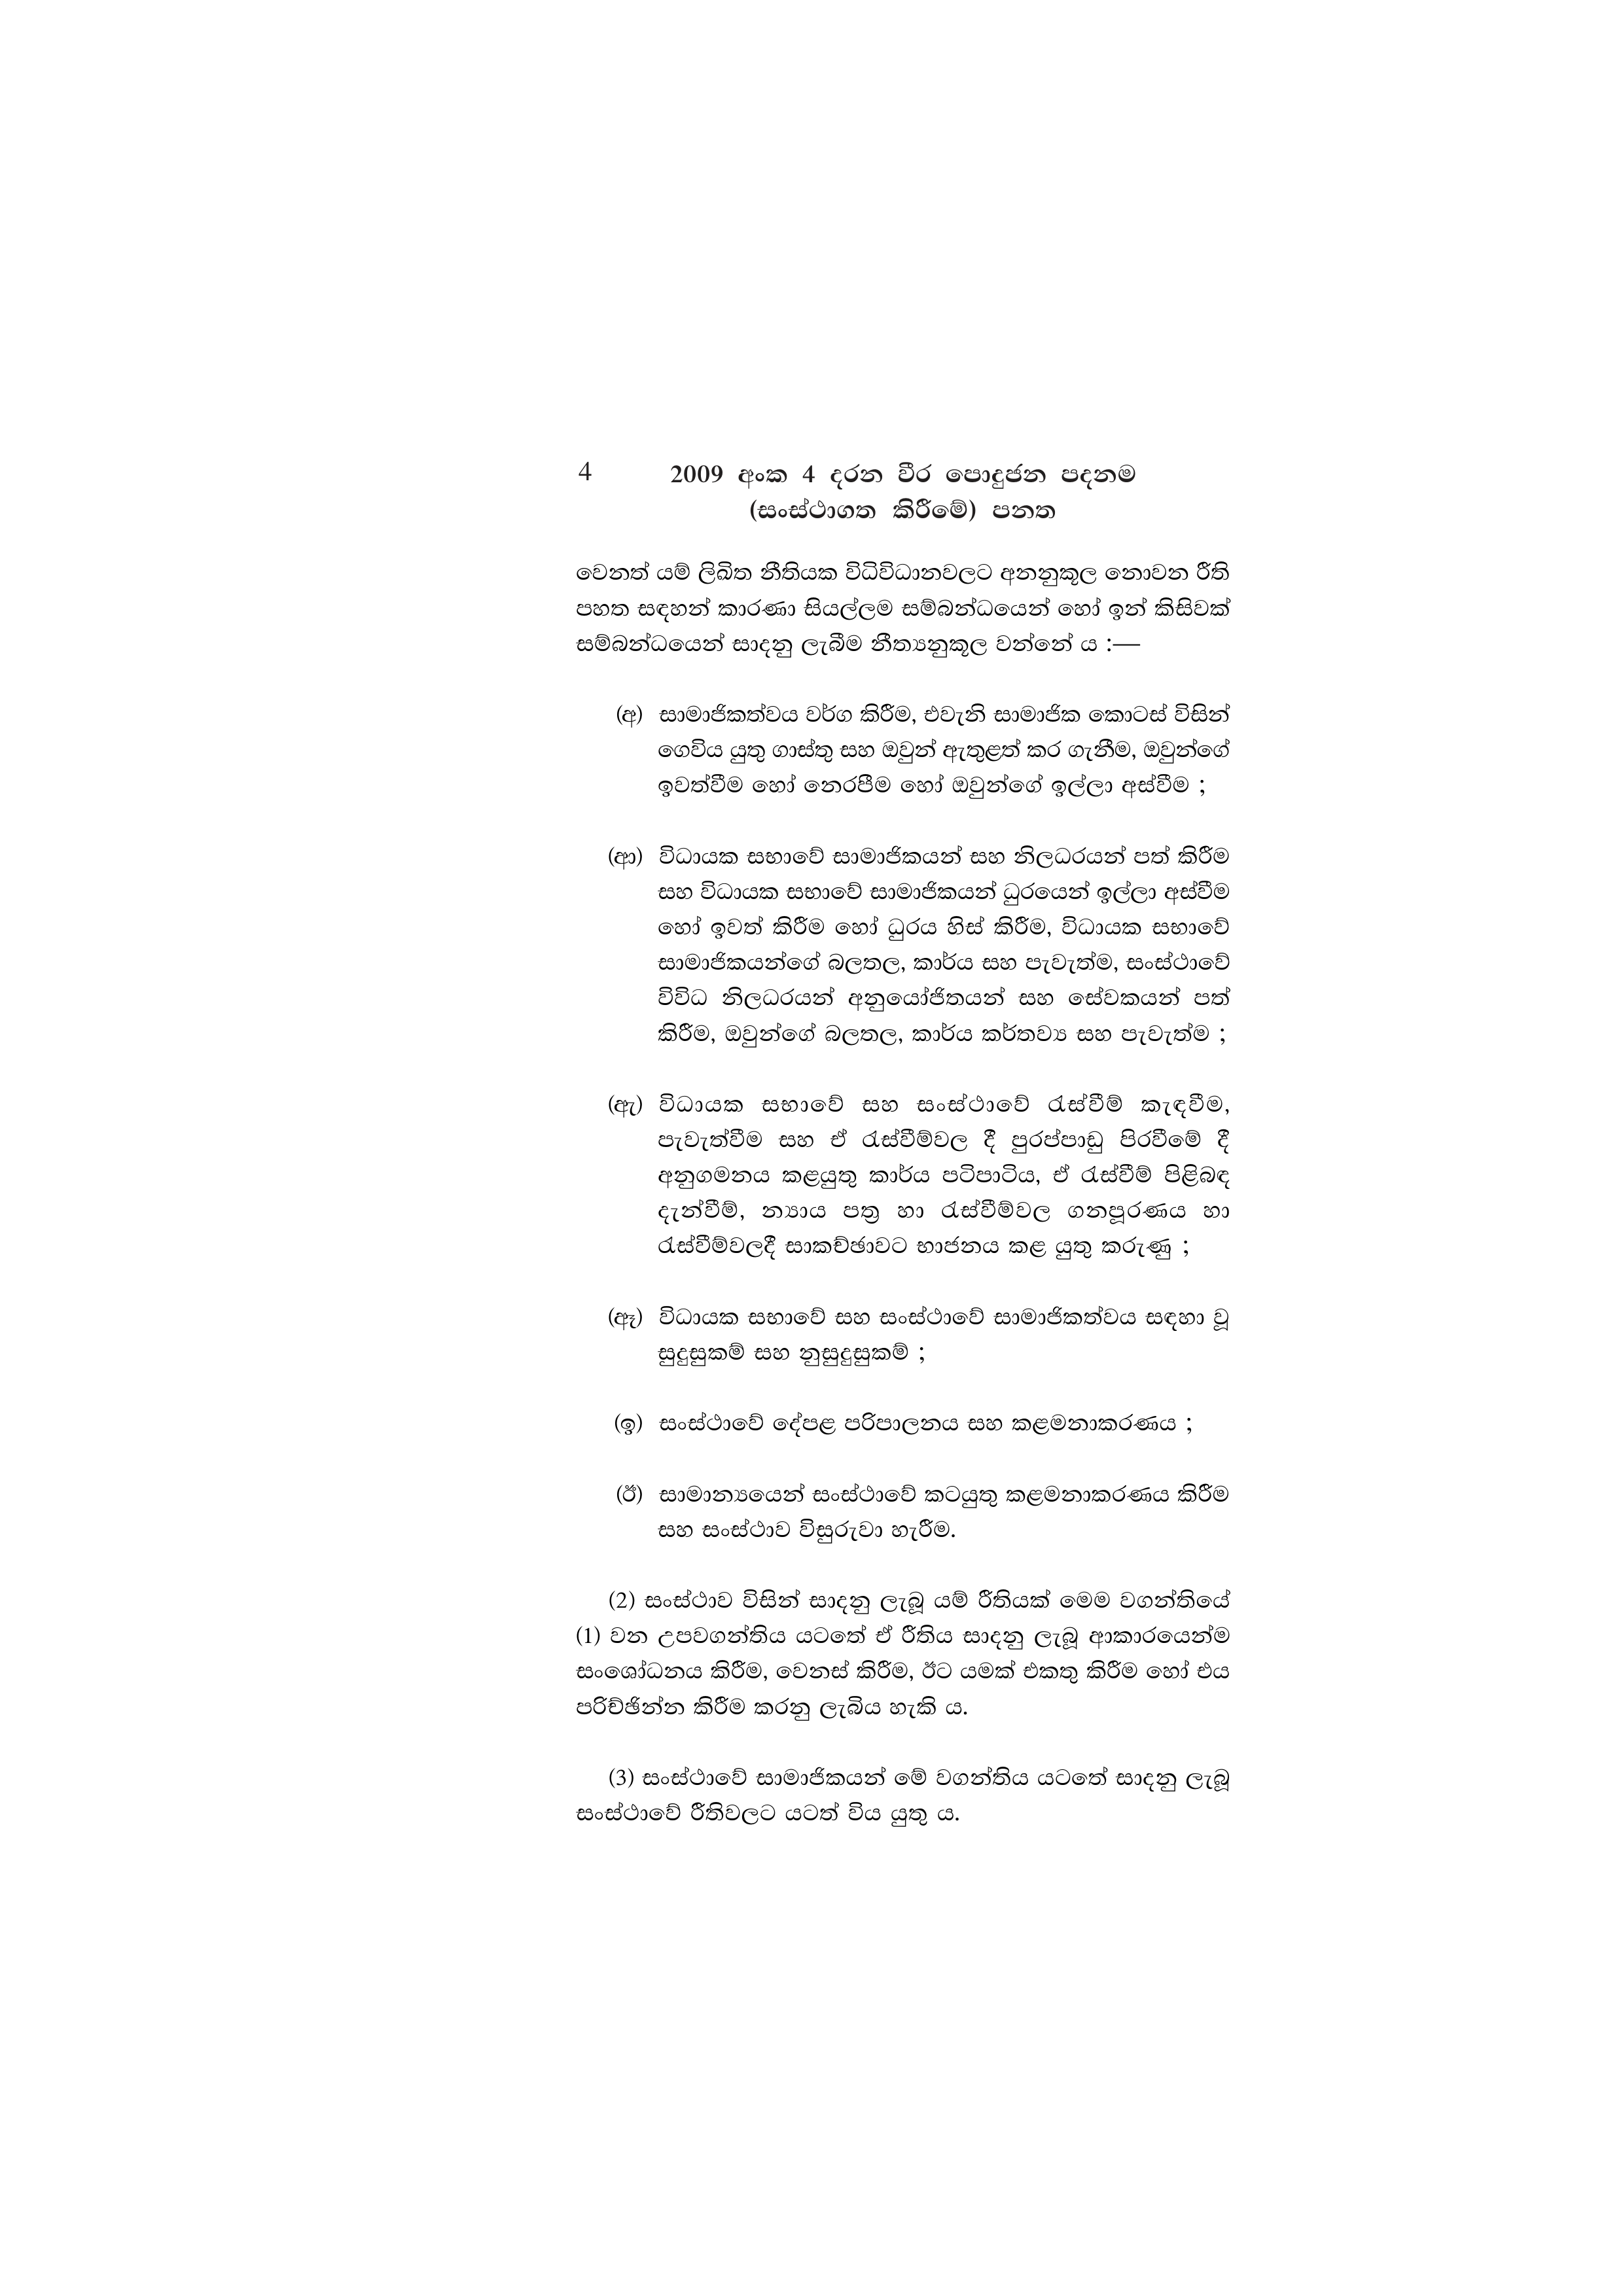
4 2009 අංක 4 දරන වීර පොදුජන පදනම
(සංස්ථාගත කිරීමේ) පනත

වෙනත් යම් ලිඛිත නීතියක විධිවිධානවලට අනනුකූල නොවන රීති
පහත සඳහන් කාරණා සියල්ලම සම්බන්ධයෙන් හෝ ඉන් කිසිවක්
සම්බන්ධයෙන් සාදනු ලැබීම නීත්‍යනුකූල වන්නේ ය :—

(අ) සාමාජිකත්වය වර්ග කිරීම, එවැනි සාමාජික කොටස් විසින්
ගෙවිය යුතු ගාස්තු සහ ඔවුන් ඇතුළත් කර ගැනීම, ඔවුන්ගේ
ඉවත්වීම හෝ නෙරපීම හෝ ඔවුන්ගේ ඉල්ලා අස්වීම ;

(ආ) විධායක සභාවේ සාමාජිකයන් සහ නිලධරයන් පත් කිරීම
සහ විධායක සභාවේ සාමාජිකයන් ධුරයෙන් ඉල්ලා අස්වීම
හෝ ඉවත් කිරීම හෝ ධුරය හිස් කිරීම, විධායක සභාවේ
සාමාජිකයන්ගේ බලතල, කාර්ය සහ පැවැත්ම, සංස්ථාවේ
විවිධ නිලධරයන් අනුයෝජිතයන් සහ සේවකයන් පත්
කිරීම, ඔවුන්ගේ බලතල, කාර්ය කර්තව්‍ය සහ පැවැත්ම ;

(ඇ) විධායක සභාවේ සහ සංස්ථාවේ රැස්වීම් කැඳවීම,
පැවැත්වීම සහ ඒ රැස්වීම්වල දී පුරප්පාඩු පිරවීමේ දී
අනුගමනය කළයුතු කාර්ය පටිපාටිය, ඒ රැස්වීම් පිළිබඳ
දැන්වීම්, න්‍යාය පත්‍ර හා රැස්වීම්වල ගනපූරණය හා
රැස්වීම්වලදී සාකච්ඡාවට භාජනය කළ යුතු කරුණු ;

(ඈ) විධායක සභාවේ සහ සංස්ථාවේ සාමාජිකත්වය සඳහා වූ
සුදුසුකම් සහ නුසුදුසුකම් ;

(ඉ) සංස්ථාවේ දේපළ පරිපාලනය සහ කළමනාකරණය ;

(ඊ) සාමාන්‍යයෙන් සංස්ථාවේ කටයුතු කළමනාකරණය කිරීම
සහ සංස්ථාව විසුරුවා හැරීම.

(2) සංස්ථාව විසින් සාදනු ලැබූ යම් රීතියක් මෙම වගන්තියේ
(1) වන උපවගන්තිය යටතේ ඒ රීතිය සාදනු ලැබූ ආකාරයෙන්ම
සංශෝධනය කිරීම, වෙනස් කිරීම, ඊට යමක් එකතු කිරීම හෝ එය
පරිච්ඡින්න කිරීම කරනු ලැබිය හැකි ය.

(3) සංස්ථාවේ සාමාජිකයන් මේ වගන්තිය යටතේ සාදනු ලැබූ
සංස්ථාවේ රීතිවලට යටත් විය යුතු ය.